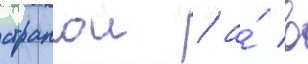
странои / а́ в